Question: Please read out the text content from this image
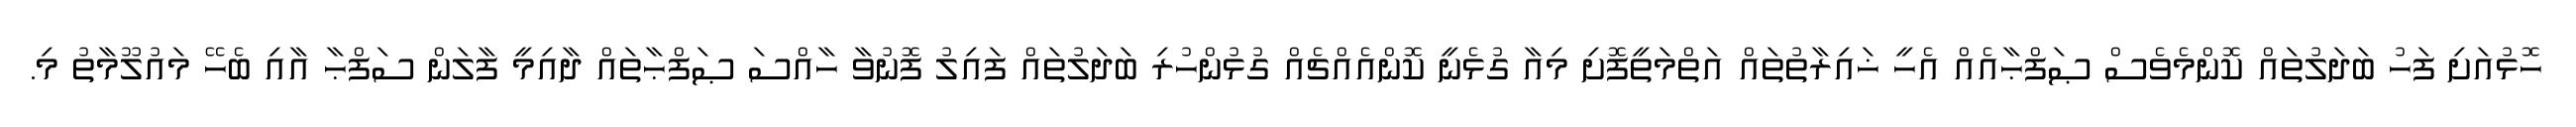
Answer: ހޮޅުއަށި ފަހު ބަދަލުތައް ކޮންމެވެސް ޞަފްޙާއެއް އެހީ ޚައިރާތުތައް އަތްމަތީފޮށި މިއާ ގުޅެނީ ކޮންއެއްޗެއް ގުޅުންހުރި ބަދަލުތައް ފައިލު ފޮނުވާ ހާއްސަ ޞަފްޙާތައް ދާއިމީ ފާލަން ސަފްޙާ އާއި ބެހޭ މައުލޫމާތު މި.